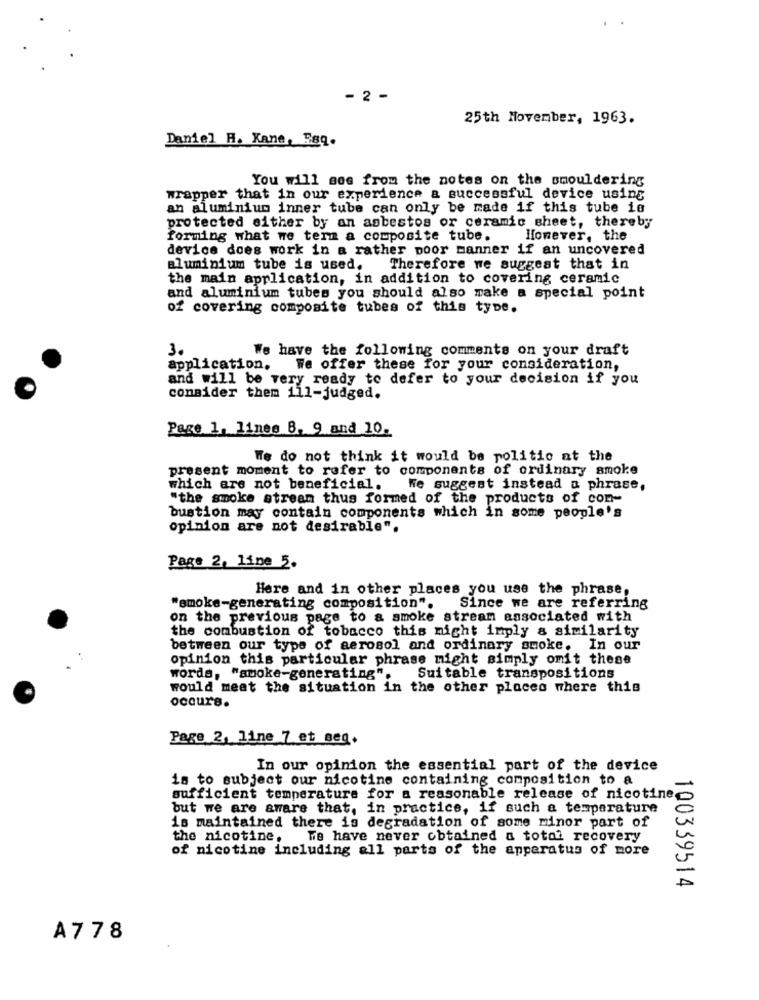
- 2 -
25th Movember, 1963.
Daniel H. Kane, Esq.
You will see from the notes on the smouldering
wrapper that in our experience a successful device using
an aluminium inner tube can only be made if this tube io
protected either by an asbestos or ceramic sheet, thereby
forming what we term a composite tube.
However, the
device does work in a rather poor manner if an uncovered
aluminium tube is used. Therefore we suggest that in
the main application, in addition to covering ceramic
and aluminium tubes you should also make a special point
of covering composite tubes of this type.
3.
We have the following comments on your draft
application. We offer these for your consideration,
and will be very ready to defer to your decision if you
consider them 111-judged.
Page 1, lines B. 9 and 10.
We do not think it would be politic at the
present moment to refer to components of ordinary smoke
which are not beneficial.
We suggest instead a phrase,
"the smoke stream thus formed of the products of com-
bustion may contain components which in some people's
opinion are not desirable".
Page 2, line 5.
Here and in other places you use the phrase,
"smoke-generating composition".
Since we are referring
on the previous page to a smoke stream associated with
the combustion of tobacco this might imply a similarity
between our type of aerosol and ordinary smoke, In our
opinion this particular phrase might simply omit these
words, "anoke-generating".
Suitable transpositions
would meet the situation in the other places where this
occurs.
Page 2, Fine 7 et seg.
In our opinion the essential part of the device
is to subject our nicotine containing composition to a
sufficient temperature for a reasonable release of nicotine
but we are aware that, in practice, if such a temperature
is maintained there is degradation of some minor part of
the nicotine.
We have never obtained a toto? recovery
of nicotine including all parts of the apparatus of more
100339514
A778